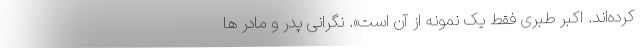
کرده‌اند. اکبر طبری فقط یک نمونه از آن است». نگرانی پدر و مادر ها